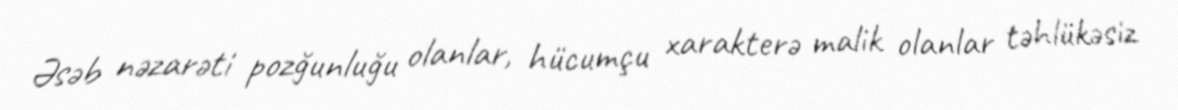
Əsəb nəzarəti pozğunluğu olanlar, hücumçu xarakterə malik olanlar təhlükəsiz